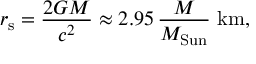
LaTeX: r _ { \mathrm { s } } = { \frac { 2 G M } { c ^ { 2 } } } \approx 2 . 9 5 \, { \frac { M } { M _ { \mathrm { S u n } } } } ~ \mathrm { k m , }